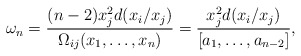
\begin{align*}\omega_n=\frac{(n-2)x_j^2 d(x_i/x_j)}{\Omega_{ij}(x_1,\ldots,x_{n})}=\frac{x_j^2 d(x_i/x_j)}{[a_1,\ldots,a_{n-2}]},\end{align*}